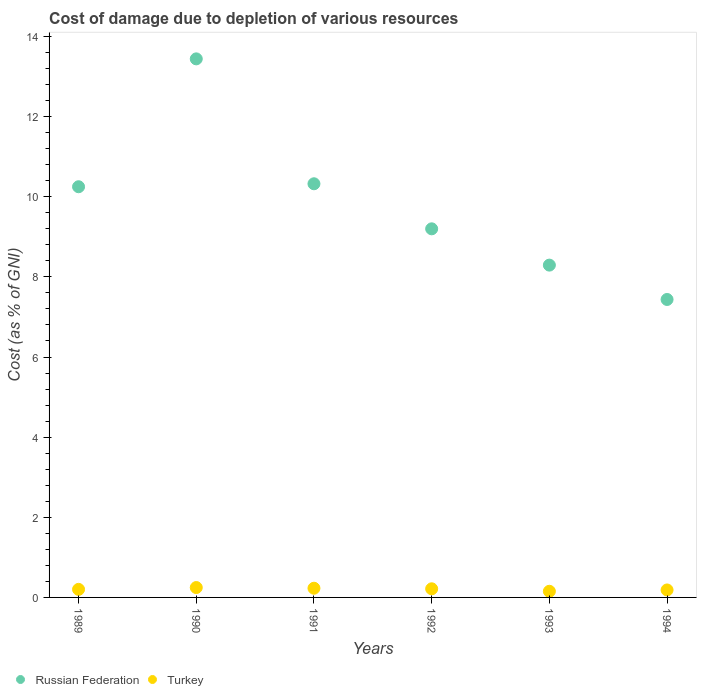
| Years | Russian Federation | Turkey |
 | --- | --- | --- |
 | 1989 | 10.2 | 0.201 |
 | 1990 | 13.4 | 0.246 |
 | 1991 | 10.3 | 0.229 |
 | 1992 | 9.2 | 0.215 |
 | 1993 | 8.29 | 0.153 |
 | 1994 | 7.44 | 0.186 |